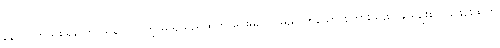
၃၃-လက်သစ်ရှိသော သန်လျက်ကို မျိုရသည်ထက် ပေးမည်လှူမည် ဟူသော စကားသည် ခဲယဉ်း၏၊ ၎င်းင်းထက်